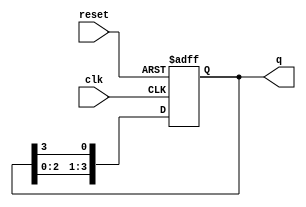
module ring_counter (
    input wire clk,          // Clock signal
    input wire reset,        // Asynchronous reset signal
    output reg [N-1:0] q     // Output of the ring counter
);
    parameter N = 4;         // Number of flip-flops (change as needed)

    always @(posedge clk or posedge reset) begin
        if (reset) begin
            // Asynchronous reset: set the first flip-flop to 1 and others to 0
            q <= 1'b1; // Set the first flip-flop to 1
        end else begin
            // Shift the output of the last flip-flop to the first
            q <= {q[N-2:0], q[N-1]}; // Shift left and wrap around
        end
    end
endmodule